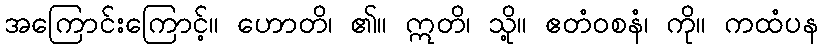
အကြောင်းကြောင့်။ ဟောတိ၊ ၏။ ဣတိ၊ သို့။ ဧတံဝစနံ၊ ကို။ ကထံပန